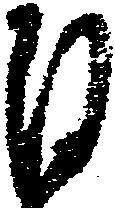
日